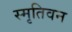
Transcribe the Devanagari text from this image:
स्मृतिवन